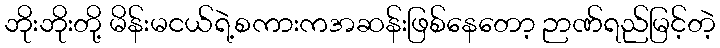
ဘိုးဘိုးတို့ မိန်းမငယ်ရဲ့စကားကအဆန်းဖြစ်နေတော့ ဉာဏ်ရည်မြင့်တဲ့